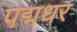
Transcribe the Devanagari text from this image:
पद्मधर